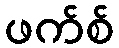
ဖက်စ်